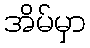
အိမ်မှာ